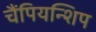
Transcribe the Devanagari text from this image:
चैंपियन्शिप